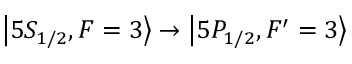
\ensuremath { \left\vert 5 S _ { 1 / 2 } , F = 3 \right\rangle } \rightarrow \ensuremath { \left\vert 5 P _ { 1 / 2 } , F ^ { \prime } = 3 \right\rangle }